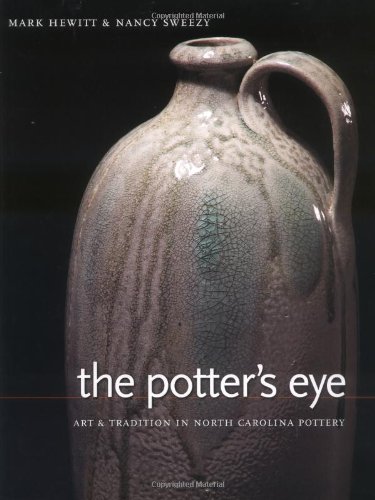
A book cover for The Potter's Eye: Art and Tradition in North Carolina Pottery; Mark Hewitt; Crafts, Hobbies & Home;